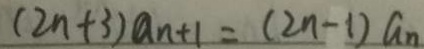
( 2 n + 3 ) a _ { n + 1 } = ( 2 n - 1 ) a _ { n }